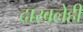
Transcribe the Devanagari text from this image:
दाखलेही